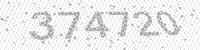
Solution: 374720